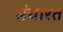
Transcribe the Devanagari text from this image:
संचारत